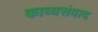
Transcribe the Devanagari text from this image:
काव्यसंवाद